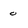
Character: o